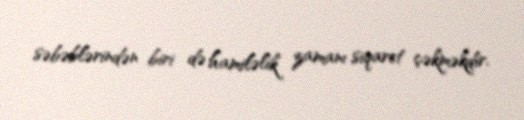
səbəblərindən biri də hamiləlik zamanı siqaret çəkməkdir.